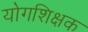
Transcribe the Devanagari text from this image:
योगशिक्षक